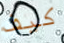
كيف